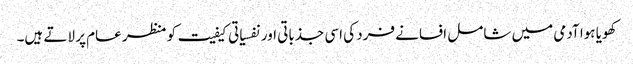
کھویا ہوا آدمی میں شامل افسانے فرد کی اسی جذباتی اور نفسیاتی کیفیت کو منظر عام پر لاتے ہیں۔